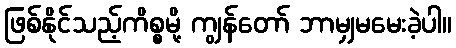
ဖြစ်နိုင်သည့်ကိစ္စမို့ ကျွန်တော် ဘာမျှမမေးခဲ့ပါ။